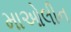
માઓલીન